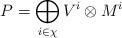
LaTeX: \begin{align*}P = \bigoplus_{i \in \chi} V^{i} \otimes M^{i}\end{align*}